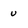
Character: u